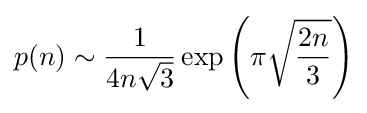
p(n)\sim {\frac {1}{4n{\sqrt {3}}}}\exp \left({\pi {\sqrt {\frac {2n}{3}}}}\right)